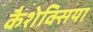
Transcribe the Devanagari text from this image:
कैशेक्सिया